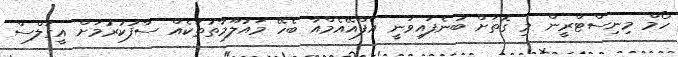
ހޯމް މިނިސްޓްރީން މި ގޮތަށް ބުނެފައިވަނީ އެފްއޭއެމްއާ ބެހޭ މައުލޫމާތުތަކެއް ސާފުކުރުމަށް އީގަލްސް